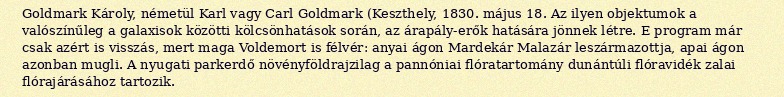
Goldmark Károly, németül Karl vagy Carl Goldmark (Keszthely, 1830. május 18. Az ilyen objektumok a valószínűleg a galaxisok közötti kölcsönhatások során, az árapály-erők hatására jönnek létre. E program már csak azért is visszás, mert maga Voldemort is félvér: anyai ágon Mardekár Malazár leszármazottja, apai ágon azonban mugli. A nyugati parkerdő növényföldrajzilag a pannóniai flóratartomány dunántúli flóravidék zalai flórajárásához tartozik.